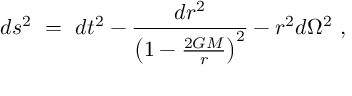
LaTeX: d s ^ { 2 } ~ = ~ d t ^ { 2 } - \frac { d r ^ { 2 } } { \left( 1 - \frac { 2 G M } { r } \right) ^ { 2 } } - r ^ { 2 } d \Omega ^ { 2 } ~ ,